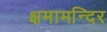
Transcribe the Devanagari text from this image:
क्षमामन्दिर